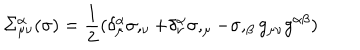
\Sigma _ { \mu \nu } ^ { \alpha } ( \sigma ) = \frac { 1 } { 2 } ( \delta _ { \mu } ^ { \alpha } \sigma , _ { \nu } + \delta _ { \nu } ^ { \alpha } \sigma , _ { \mu } - \sigma , _ { \beta } g _ { \mu \nu } g ^ { \alpha \beta } )